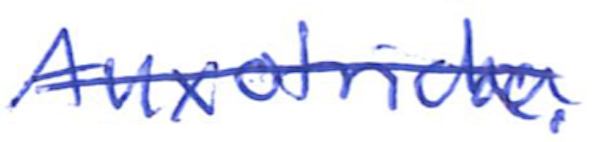
Text: Auxotricha.
Cross-out: single-line
Writing tool: ballpoint